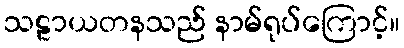
သဠာယတနသည် နာမ်ရုပ်ကြောင့်။